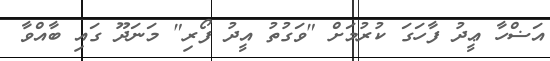
އަޟްހާ ޢީދު ފާހަގަ ކުރުމަށް "ވަގުތު އީދު ފޯރި" މަނަދޫ ގައި ބާއްވާ